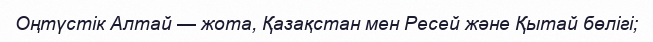
Оңтүстік Алтай — жота, Қазақстан мен Ресей және Қытай бөлігі;